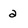
Character: 2